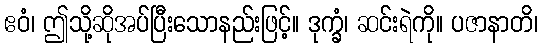
ဧဝံ၊ ဤသို့ဆိုအပ်ပြီးသောနည်းဖြင့်။ ဒုက္ခံ၊ ဆင်းရဲကို။ ပဇာနာတိ၊